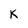
Character: K